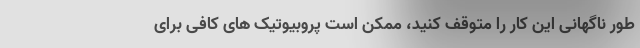
طور ناگهانی این کار را متوقف کنید، ممکن است پروبیوتیک های کافی برای